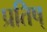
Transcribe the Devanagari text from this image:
प्रतिष्